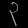
Digit: ၃